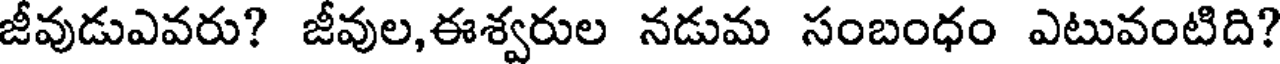
జీవుడుఎవరు? జీవుల,ఈశ్వరుల నడుమ సంబంధం ఎటువంటిది?